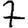
Digit: 7